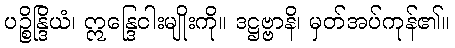
ပဉ္စိန္ဒြိယံ၊ ဣန္ဒြေငါးမျိုးကို။ ဒဋ္ဌဗ္ဗာနိ၊ မှတ်အပ်ကုန်၏။